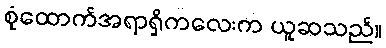
စုံထောက်အရာရှိကလေးက ယူဆသည်။